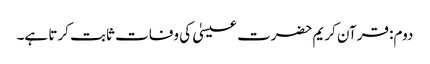
دوم: قرآن کریم حضرت عیسیٰ کی وفات ثابت کرتا ہے۔